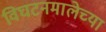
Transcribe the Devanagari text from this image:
विघटनमालेच्या